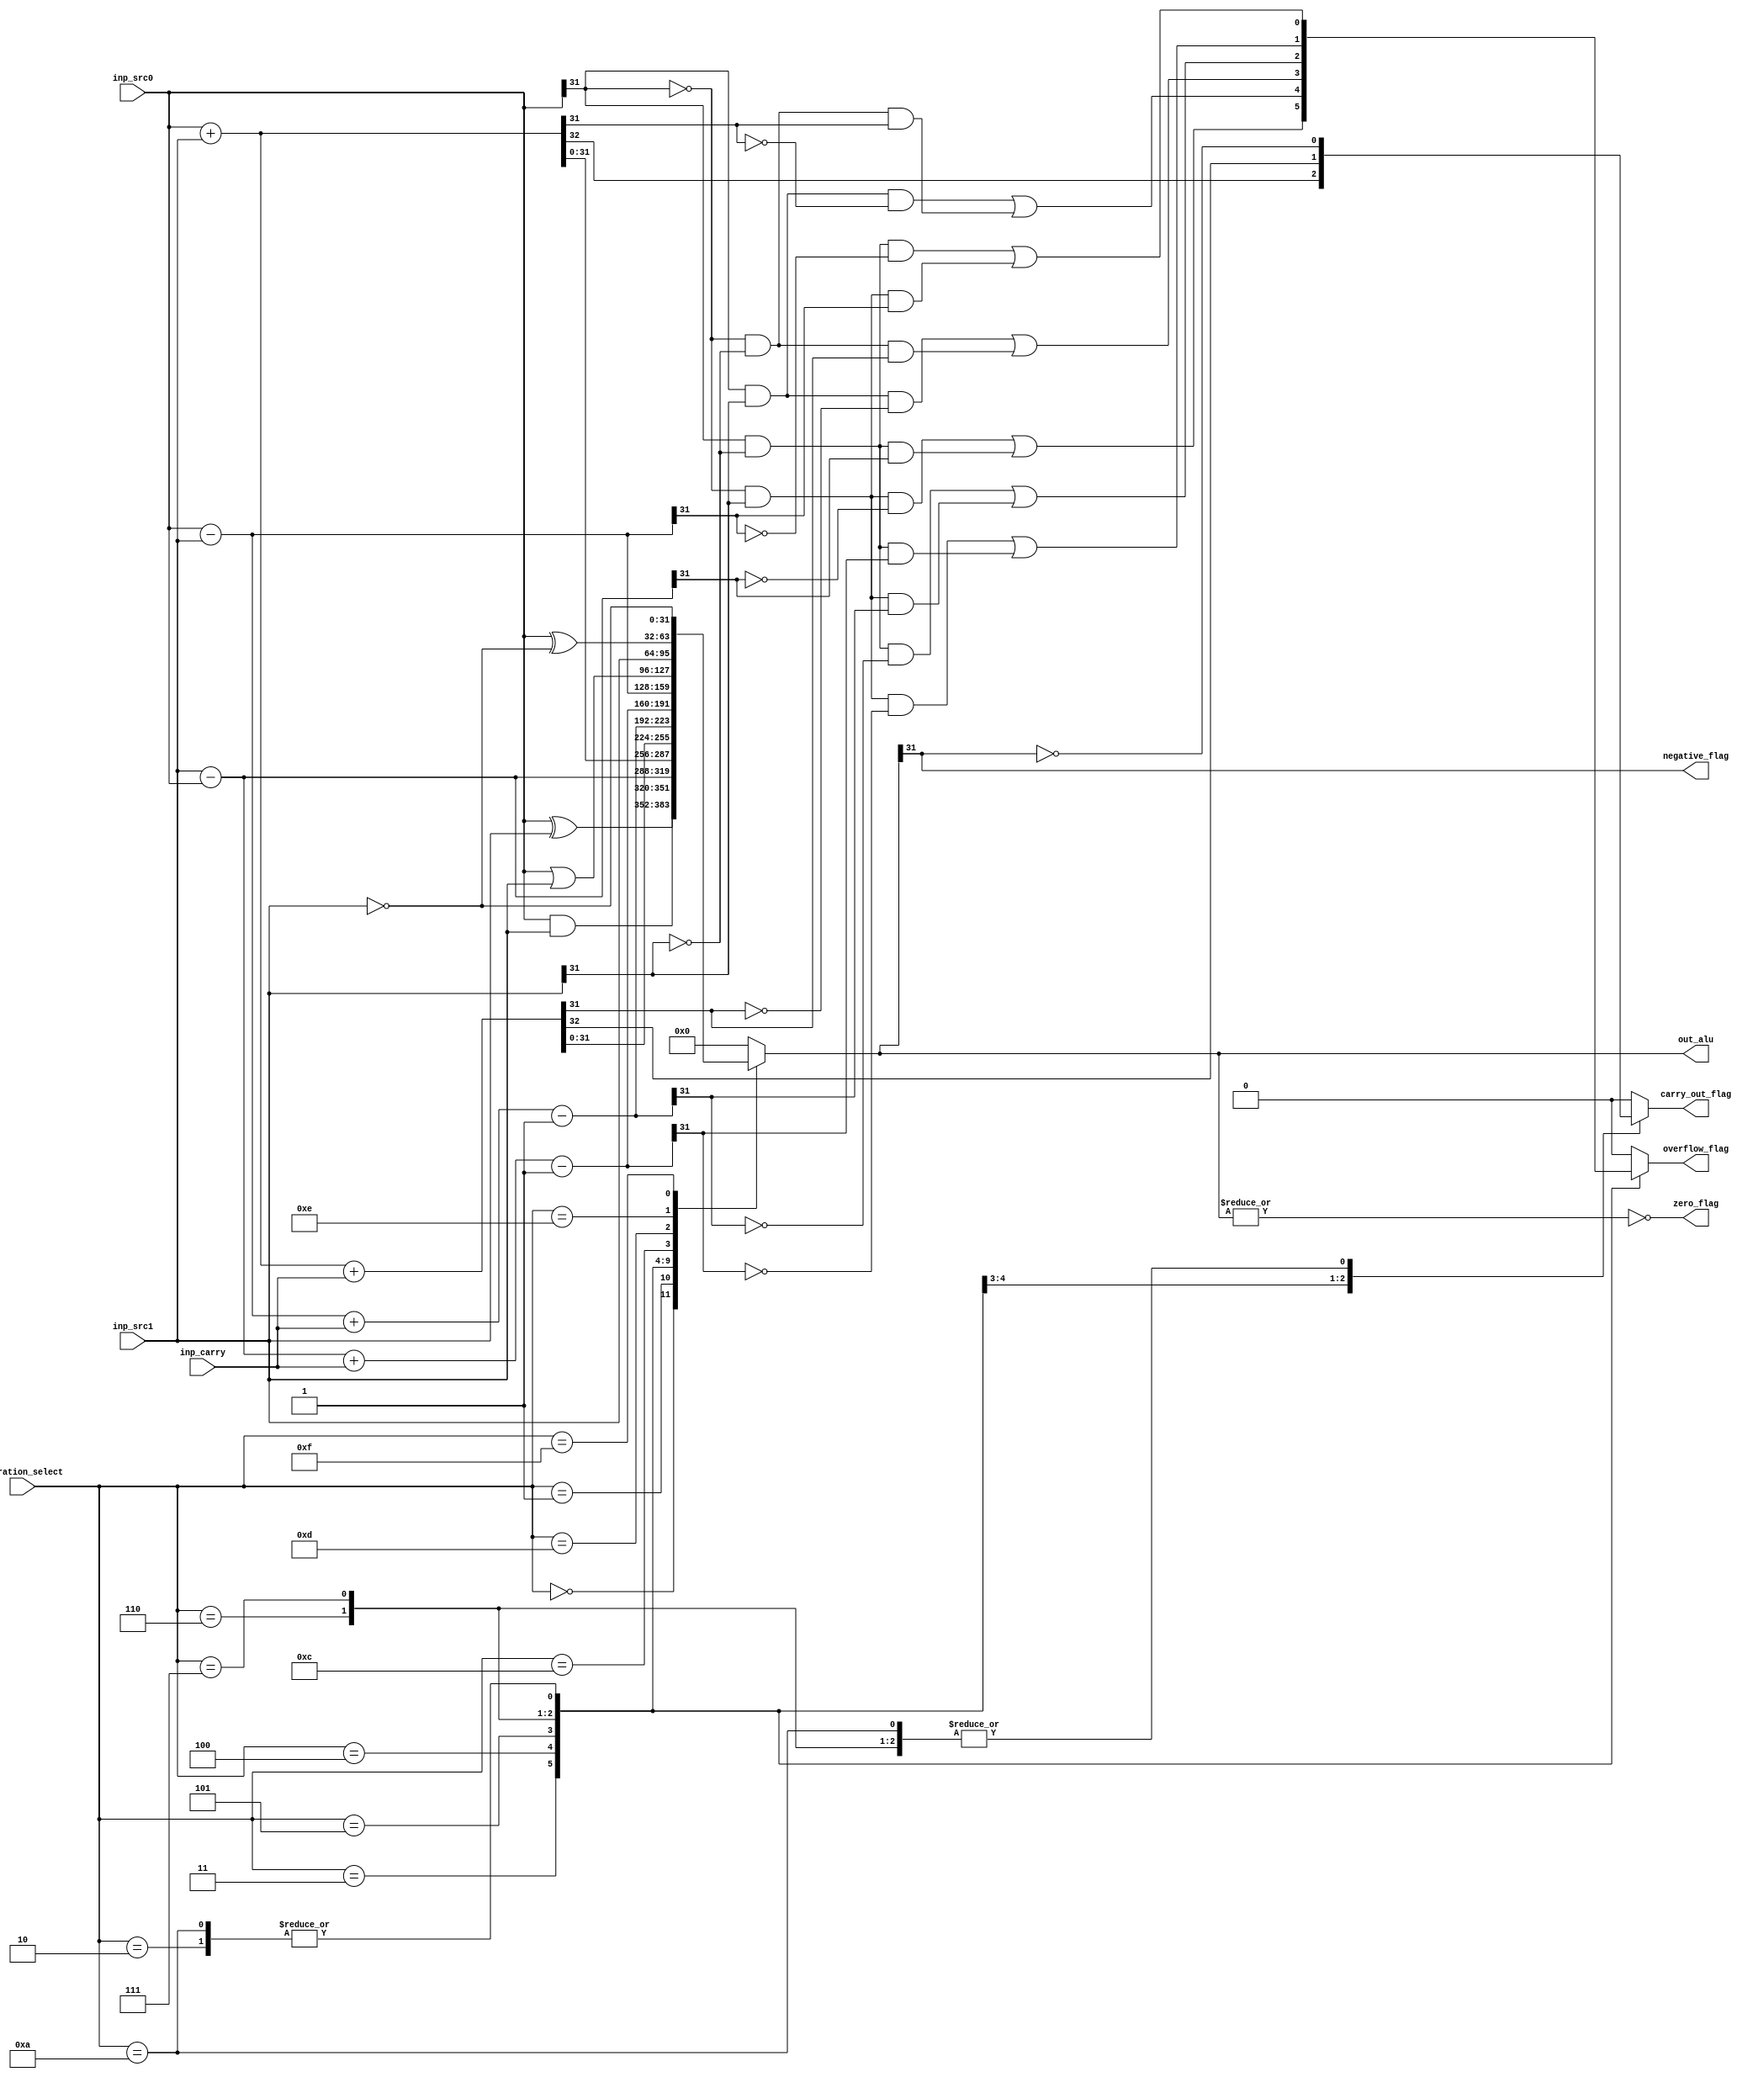
module ALU #(parameter WIDTH=32)
    (
	  input [3:0] operation_select,
	  input inp_carry,
	  input [WIDTH-1:0] inp_src0,
	  input [WIDTH-1:0] inp_src1,
      output reg [WIDTH-1:0] out_alu,
	  output reg carry_out_flag,
	  output reg overflow_flag,
	  output negative_flag, zero_flag
    );

parameter AND=4'b0000,
		  EXOR=4'b0001,
		  SubtractionAB=4'b0010,
		  SubtractionBA=4'b0011,
		  Addition=4'b0100,
		  Addition_Carry=4'b0101,
		  SubtractionAB_Carry=4'b0110,
		  SubtractionBA_Carry=4'b0111,
		  Compare=4'b1010, // Extracted from ARM user manual
		  ORR=4'b1100,
		  Move=4'b1101,
		  Bit_Clear=4'b1110,
		  Move_Not=4'b1111;

// Assign the zero and negative flasg here since it is very simple
assign negative_flag = out_alu[WIDTH-1];
assign zero_flag = ~(|out_alu);
	 
always@(*) begin
	case(operation_select)
		AND:begin
			out_alu = inp_src0 & inp_src1;
			carry_out_flag = 1'b0;
			overflow_flag = 1'b0;
		end
		EXOR:begin
			out_alu = inp_src0 ^ inp_src1;
			carry_out_flag = 1'b0;
			overflow_flag = 1'b0;
		end
		SubtractionAB:begin
			out_alu = inp_src0 - inp_src1;
			carry_out_flag = ~negative_flag; // ARM uses inverted borrow for subtraction with carry
			overflow_flag = (inp_src0[WIDTH-1] & ~inp_src1[WIDTH-1] & ~out_alu[WIDTH-1]) | (~inp_src0[WIDTH-1] & inp_src1[WIDTH-1] & out_alu[WIDTH-1]);
		end
		SubtractionBA:begin
			out_alu = inp_src1 - inp_src0;
			carry_out_flag = ~negative_flag; // ARM uses inverted borrow for subtraction with carry
			overflow_flag = (inp_src1[WIDTH-1] & ~inp_src0[WIDTH-1] & ~out_alu[WIDTH-1]) | (~inp_src1[WIDTH-1] & inp_src0[WIDTH-1] & out_alu[WIDTH-1]);
		end
		Addition:begin
			{carry_out_flag,out_alu} = inp_src0 + inp_src1;
			overflow_flag = (inp_src0[WIDTH-1] & inp_src1[WIDTH-1] & ~out_alu[WIDTH-1]) | (~inp_src0[WIDTH-1] & ~inp_src1[WIDTH-1] & out_alu[WIDTH-1]);
		end
		Addition_Carry:begin
			{carry_out_flag,out_alu} = inp_src0 + inp_src1 + inp_carry;
			overflow_flag = (inp_src0[WIDTH-1] & inp_src1[WIDTH-1] & ~out_alu[WIDTH-1]) | (~inp_src0[WIDTH-1] & ~inp_src1[WIDTH-1] & out_alu[WIDTH-1]);
		end
		SubtractionAB_Carry:begin
			out_alu = inp_src0 - inp_src1 + inp_carry - 1;
			carry_out_flag = ~negative_flag; // ARM uses inverted borrow for subtraction with carry
			overflow_flag = (inp_src0[WIDTH-1] & ~inp_src1[WIDTH-1] & ~out_alu[WIDTH-1]) | (~inp_src0[WIDTH-1] & inp_src1[WIDTH-1] & out_alu[WIDTH-1]);
		end
		SubtractionBA_Carry:begin
			out_alu = inp_src1 - inp_src0 + inp_carry - 1;
			carry_out_flag = ~negative_flag; // ARM uses inverted borrow for subtraction with carry
			overflow_flag = (inp_src1[WIDTH-1] & ~inp_src0[WIDTH-1] & ~out_alu[WIDTH-1]) | (~inp_src1[WIDTH-1] & inp_src0[WIDTH-1] & out_alu[WIDTH-1]);
		end
		Compare:begin
			out_alu = inp_src0 - inp_src1;
			carry_out_flag = ~negative_flag; // ARM uses inverted borrow for subtraction with carry
			overflow_flag = (inp_src0[WIDTH-1] & ~inp_src1[WIDTH-1] & ~out_alu[WIDTH-1]) | (~inp_src0[WIDTH-1] & inp_src1[WIDTH-1] & out_alu[WIDTH-1]);
		end
		ORR:begin
			out_alu = inp_src0 | inp_src1;
			carry_out_flag = 1'b0;
			overflow_flag = 1'b0;
		end
		Move:begin
			out_alu = inp_src1;
			carry_out_flag = 1'b0;
			overflow_flag = 1'b0;
		end
		Bit_Clear:begin
			out_alu = inp_src0 ^ ~inp_src1;
			carry_out_flag = 1'b0;
			overflow_flag = 1'b0;
		end
		Move_Not:begin
			out_alu = ~inp_src1;
			carry_out_flag = 1'b0;
			overflow_flag = 1'b0;
		end
		default:begin
		out_alu = {WIDTH{1'b0}};
		carry_out_flag = 1'b0;
		overflow_flag = 1'b0;
		end
	endcase
end
	 
endmodule